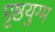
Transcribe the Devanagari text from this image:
पृष्ठयुग्म